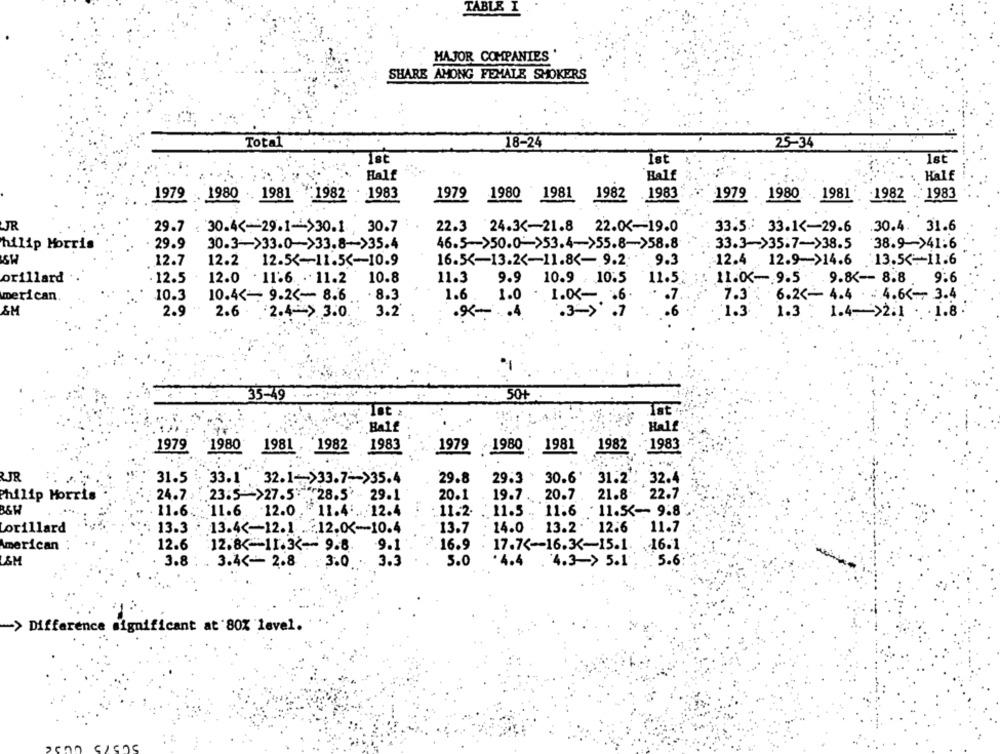
TABLE I
MAJOR COMPANIES '
SHARE AMONG FEMALE SMOKERS
Total
18-24
25-34
Ist
Half
Balf
Half
1979
1980 .. 1981 - 1982 . 1983
1979
1980 1981 1982 1983
1979 . 1980 1981 -1982
.. 1983
JR
29.7
. . 30.4. 31.6
30.4 <-- 29.1->30.1 30.7
22.3 24.3 <- 21.8 22.0K-19.0
33.5. 33.1 <- 29.6
hilip Morris
29.9
30.3->33.0->33.8->35.4
46.5->50.0 >53.4->55.8->58.8
33.3->35.7->38.5
38.9->41:6
SW
12.7
12.2 12.5 <-- 11.5 <- 10.9
16.5 <- 13.2 <- 11.8 <- 9.2 9.3
12.4 12.9->14.6
.: 13.5 <-- 11.6
orillard
.12.5
10.8
11.3
9.9
10.9 . 10:5
11.5:
11.0K -. 9.5 9.8 <-- 8.8
9.6
12.0 . 11.6 . 11.2
10.3
1.6
merican
10.4 <- 9.24- 8.6
. 8.3
1.0 . 1.0 <- . 6.
. . 7.
7.3
6.2 <- 4.4 . ... 4.6 <-- 3.4
&M
2.9
2.6.
2.4-> 3.0
3.2
.. 4
.3->' .7
.6
1.3
1.3 : 1.4->2.1 . 1.8.
35-49
50+
lot :
Tat
Half
Balf
.: 1983
1979 1980 1981 , 1982 1983
1979 1980
1981 1982
RJR
31.5 33.1
32.1 -- >33.7 -- >35.4
29.8
29.3
30.6' 31.2.
32.4
Philip Morris
24.7 .23.5">27.5. 28.5'
29.1
20.1
19.7
20.7
21.8
22.7
BSH
11.6. 11.6 . 12.0. 11.4 .... 12.4
11.2.
11.5 .. 11.6
. 11.5 <-- 9.8
14.0
11.7
Lorillard
13.3 . 13.4 <- 12.1. .... 12.0K-10.4
13.7
13.2 . 12.6
American
12.6
12.8 <-- 11.3 <-- 9.8
9.1
16.9
17.7 <-- 16.3-15.1.
.16.1
LAH
3.8 ; . 3.4 <- 2.8
3.0 . 3.3
5.0
. 4.4 . 4.3-> 5.1
5.6
Difference significant at 80% level.